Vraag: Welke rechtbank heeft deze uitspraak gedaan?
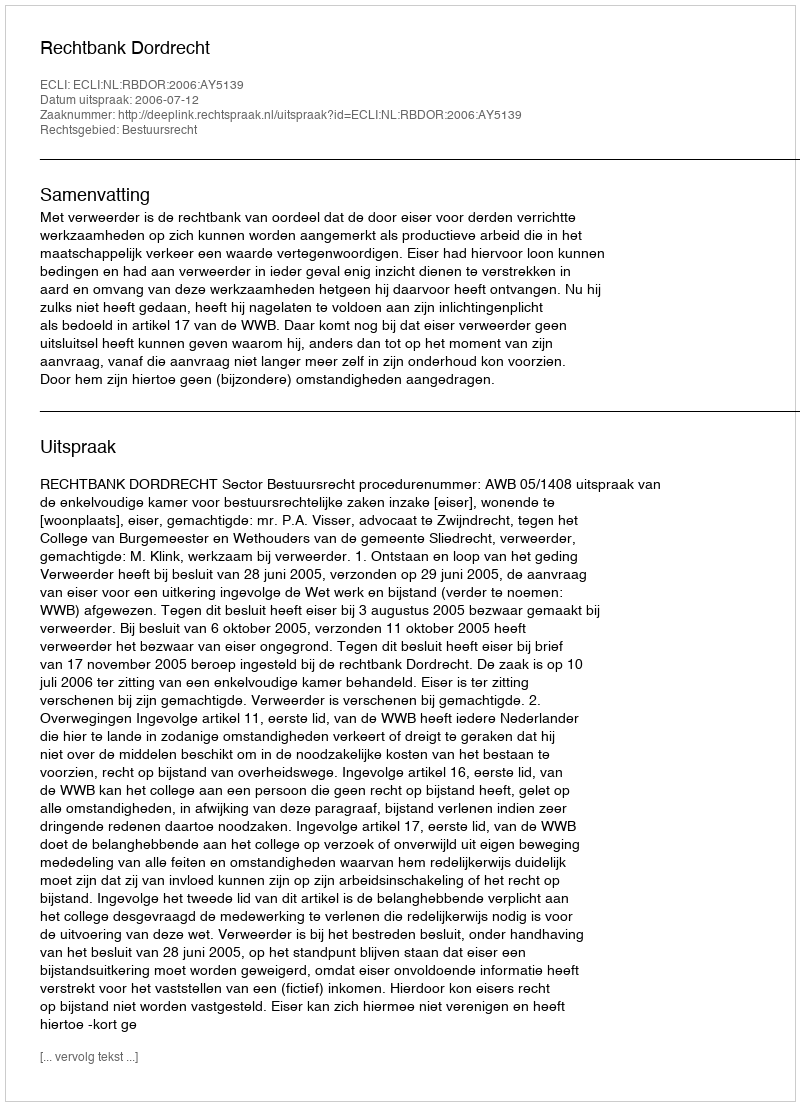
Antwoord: Rechtbank Dordrecht